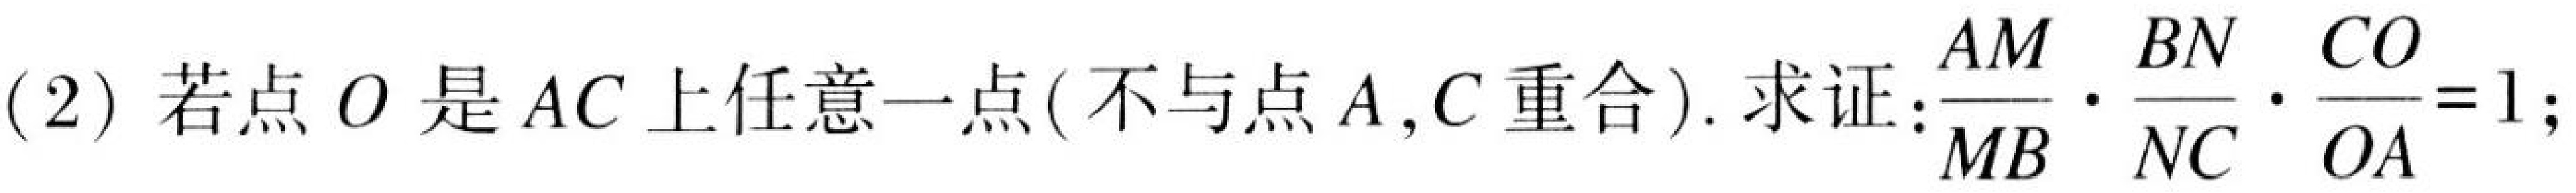
(2) 若点\(O\)是\(AC\)上任意一点(不与点\(A\),\(C\)重合). 求证:\(\frac{AM}{MB}\cdot\frac{BN}{NC}\cdot\frac{CO}{OA}=1\);